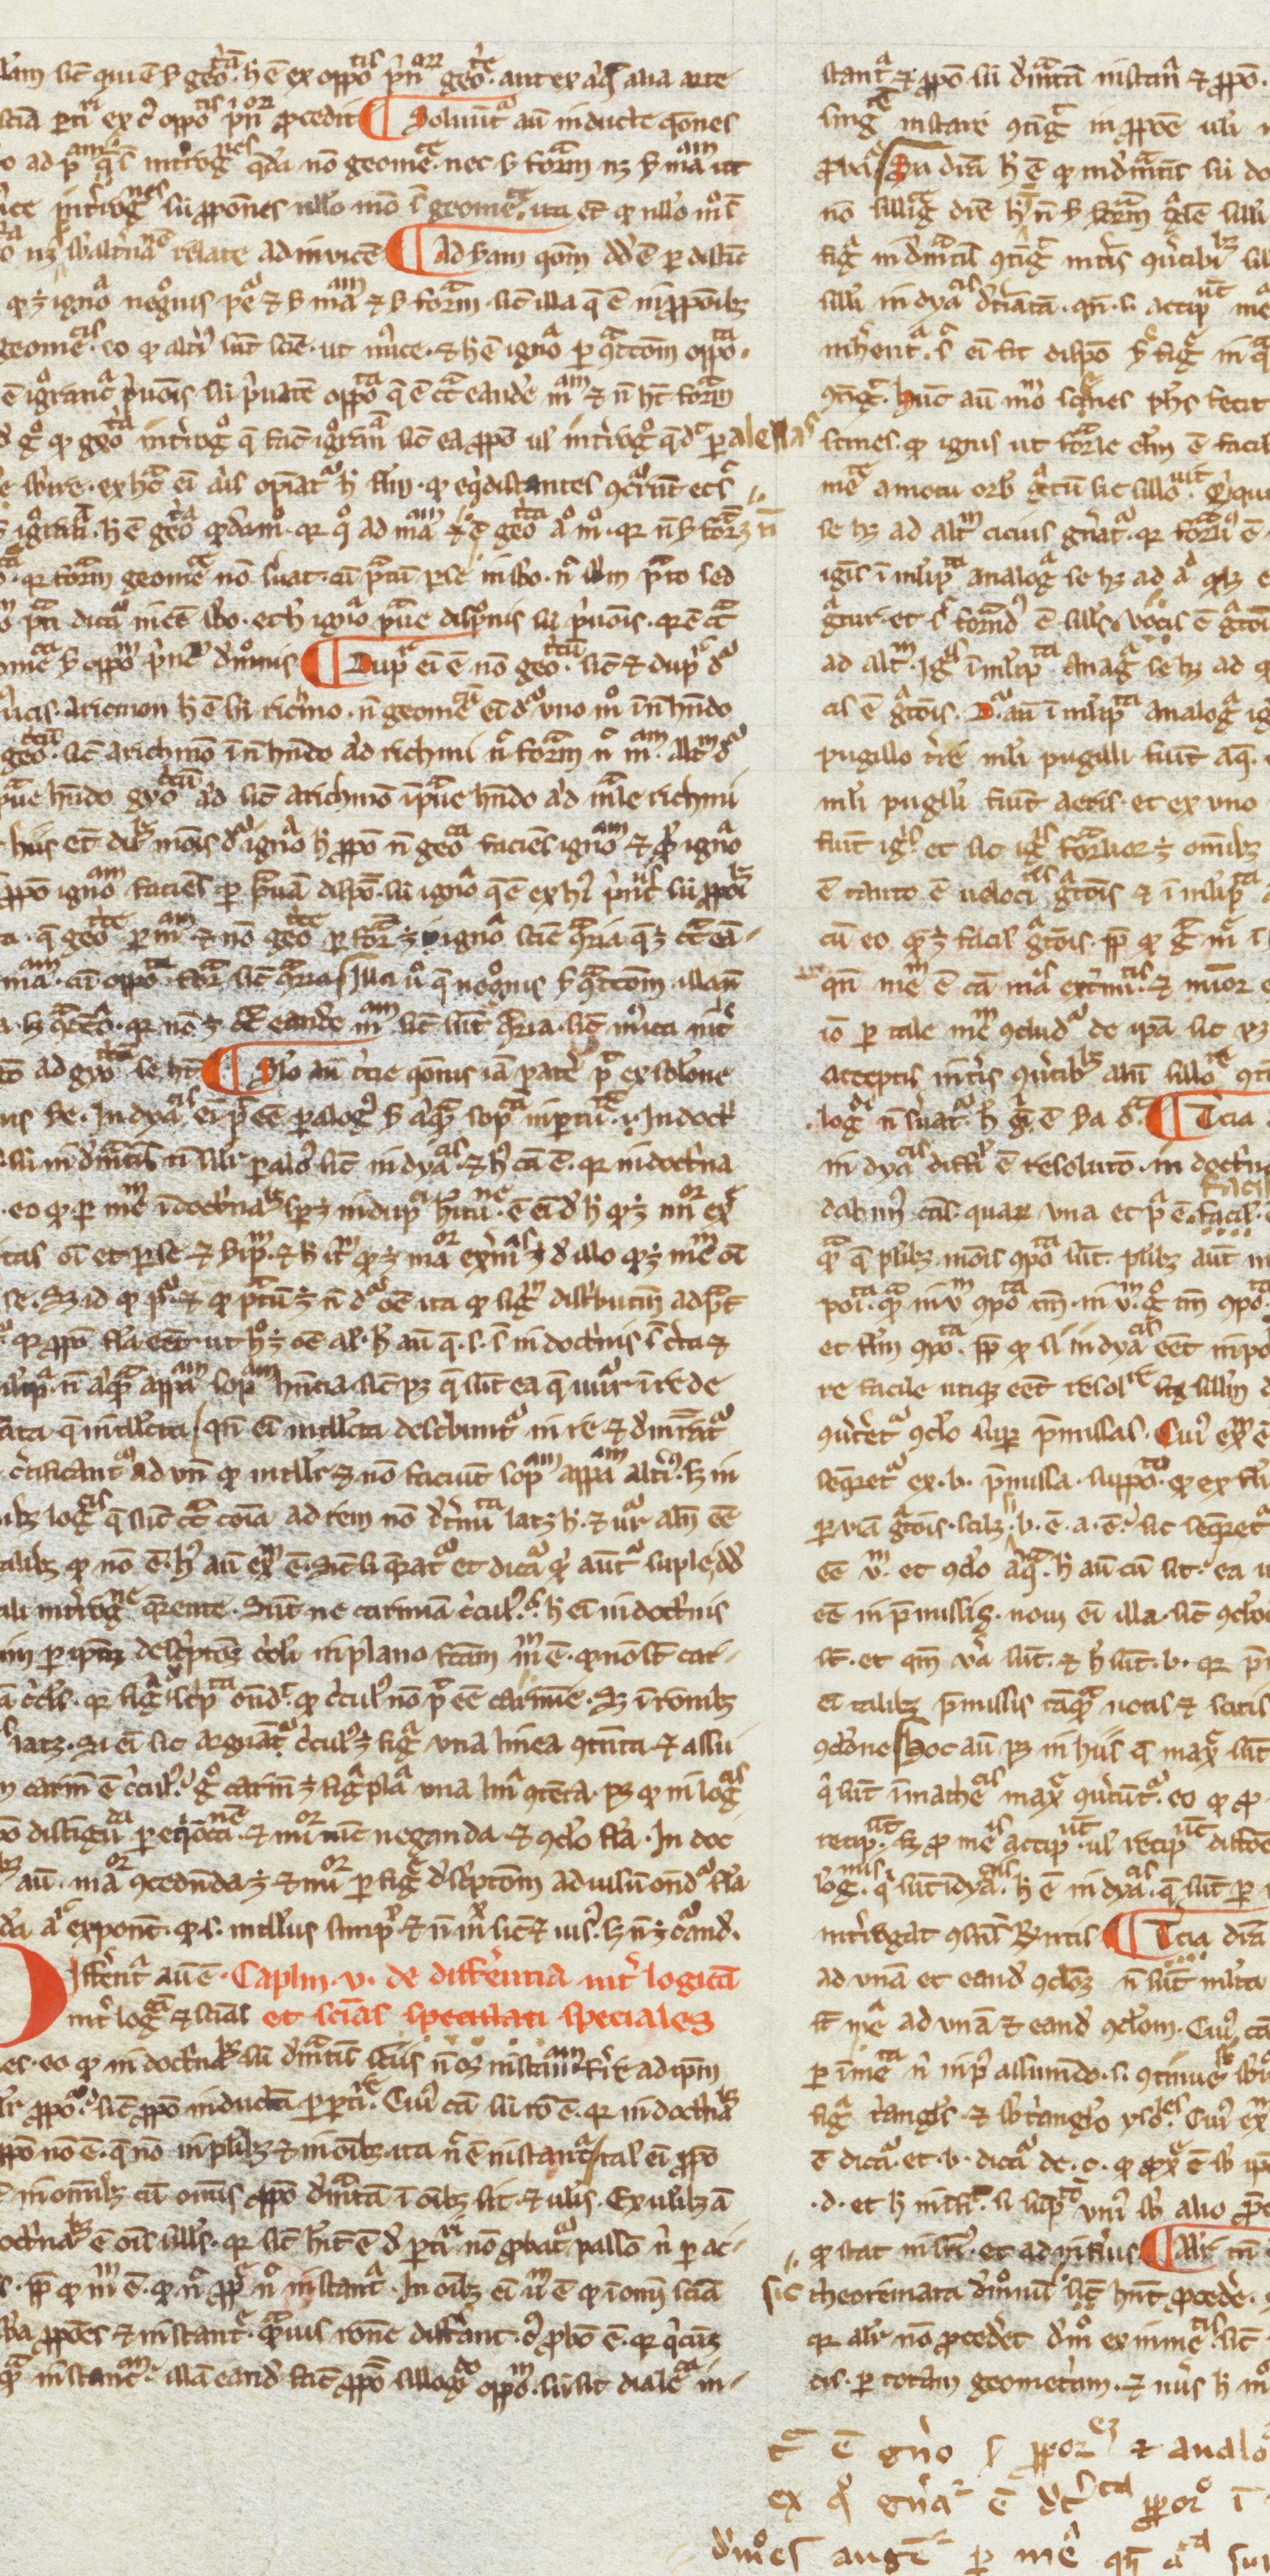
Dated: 1200–1399